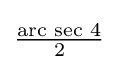
{\tfrac {{\text{arc sec }}4}{2}}